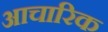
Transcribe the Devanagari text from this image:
आचारिक